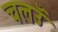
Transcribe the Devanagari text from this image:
चलउँ